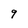
Character: 9